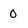
Character: 0